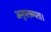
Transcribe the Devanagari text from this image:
अनुपलब्धता।